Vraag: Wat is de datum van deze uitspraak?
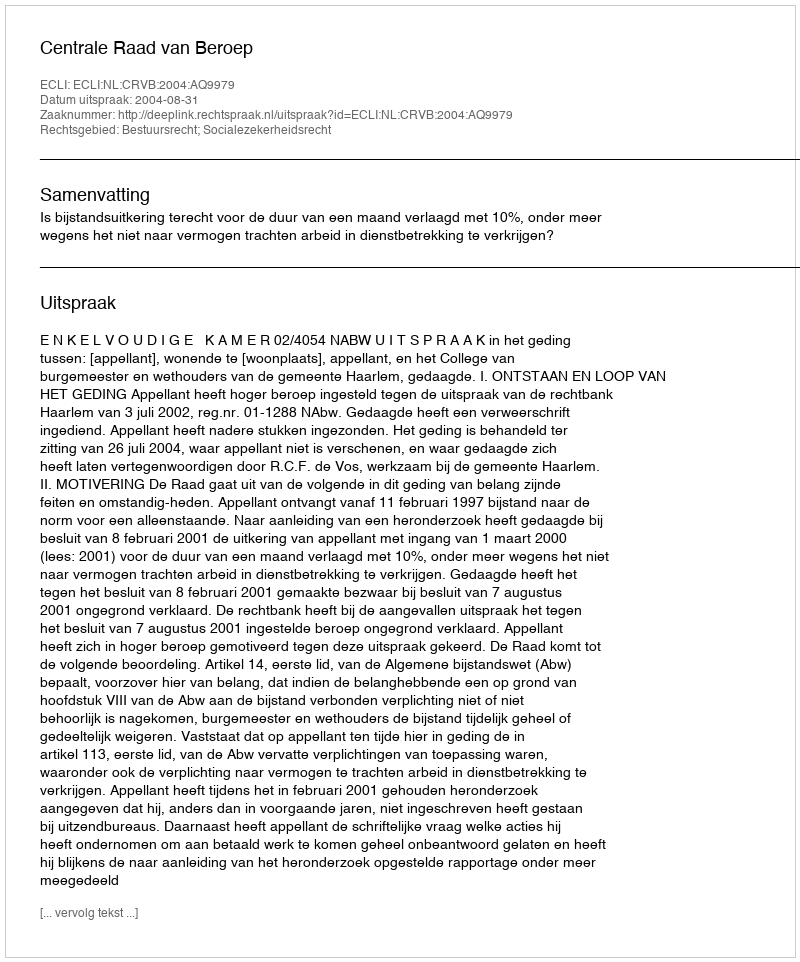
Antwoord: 2004-08-31